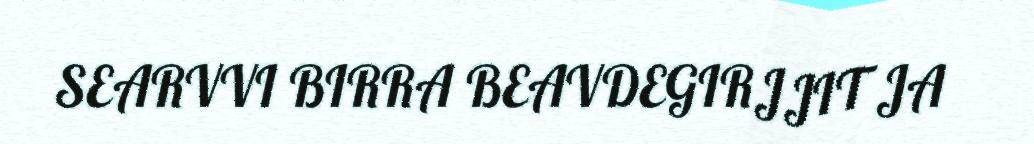
SEARVVI BIRRA BEAVDEGIRJJIT JA